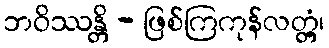
ဘဝိဿန္တိ - ဖြစ်ကြကုန်လတ္တံ့၊